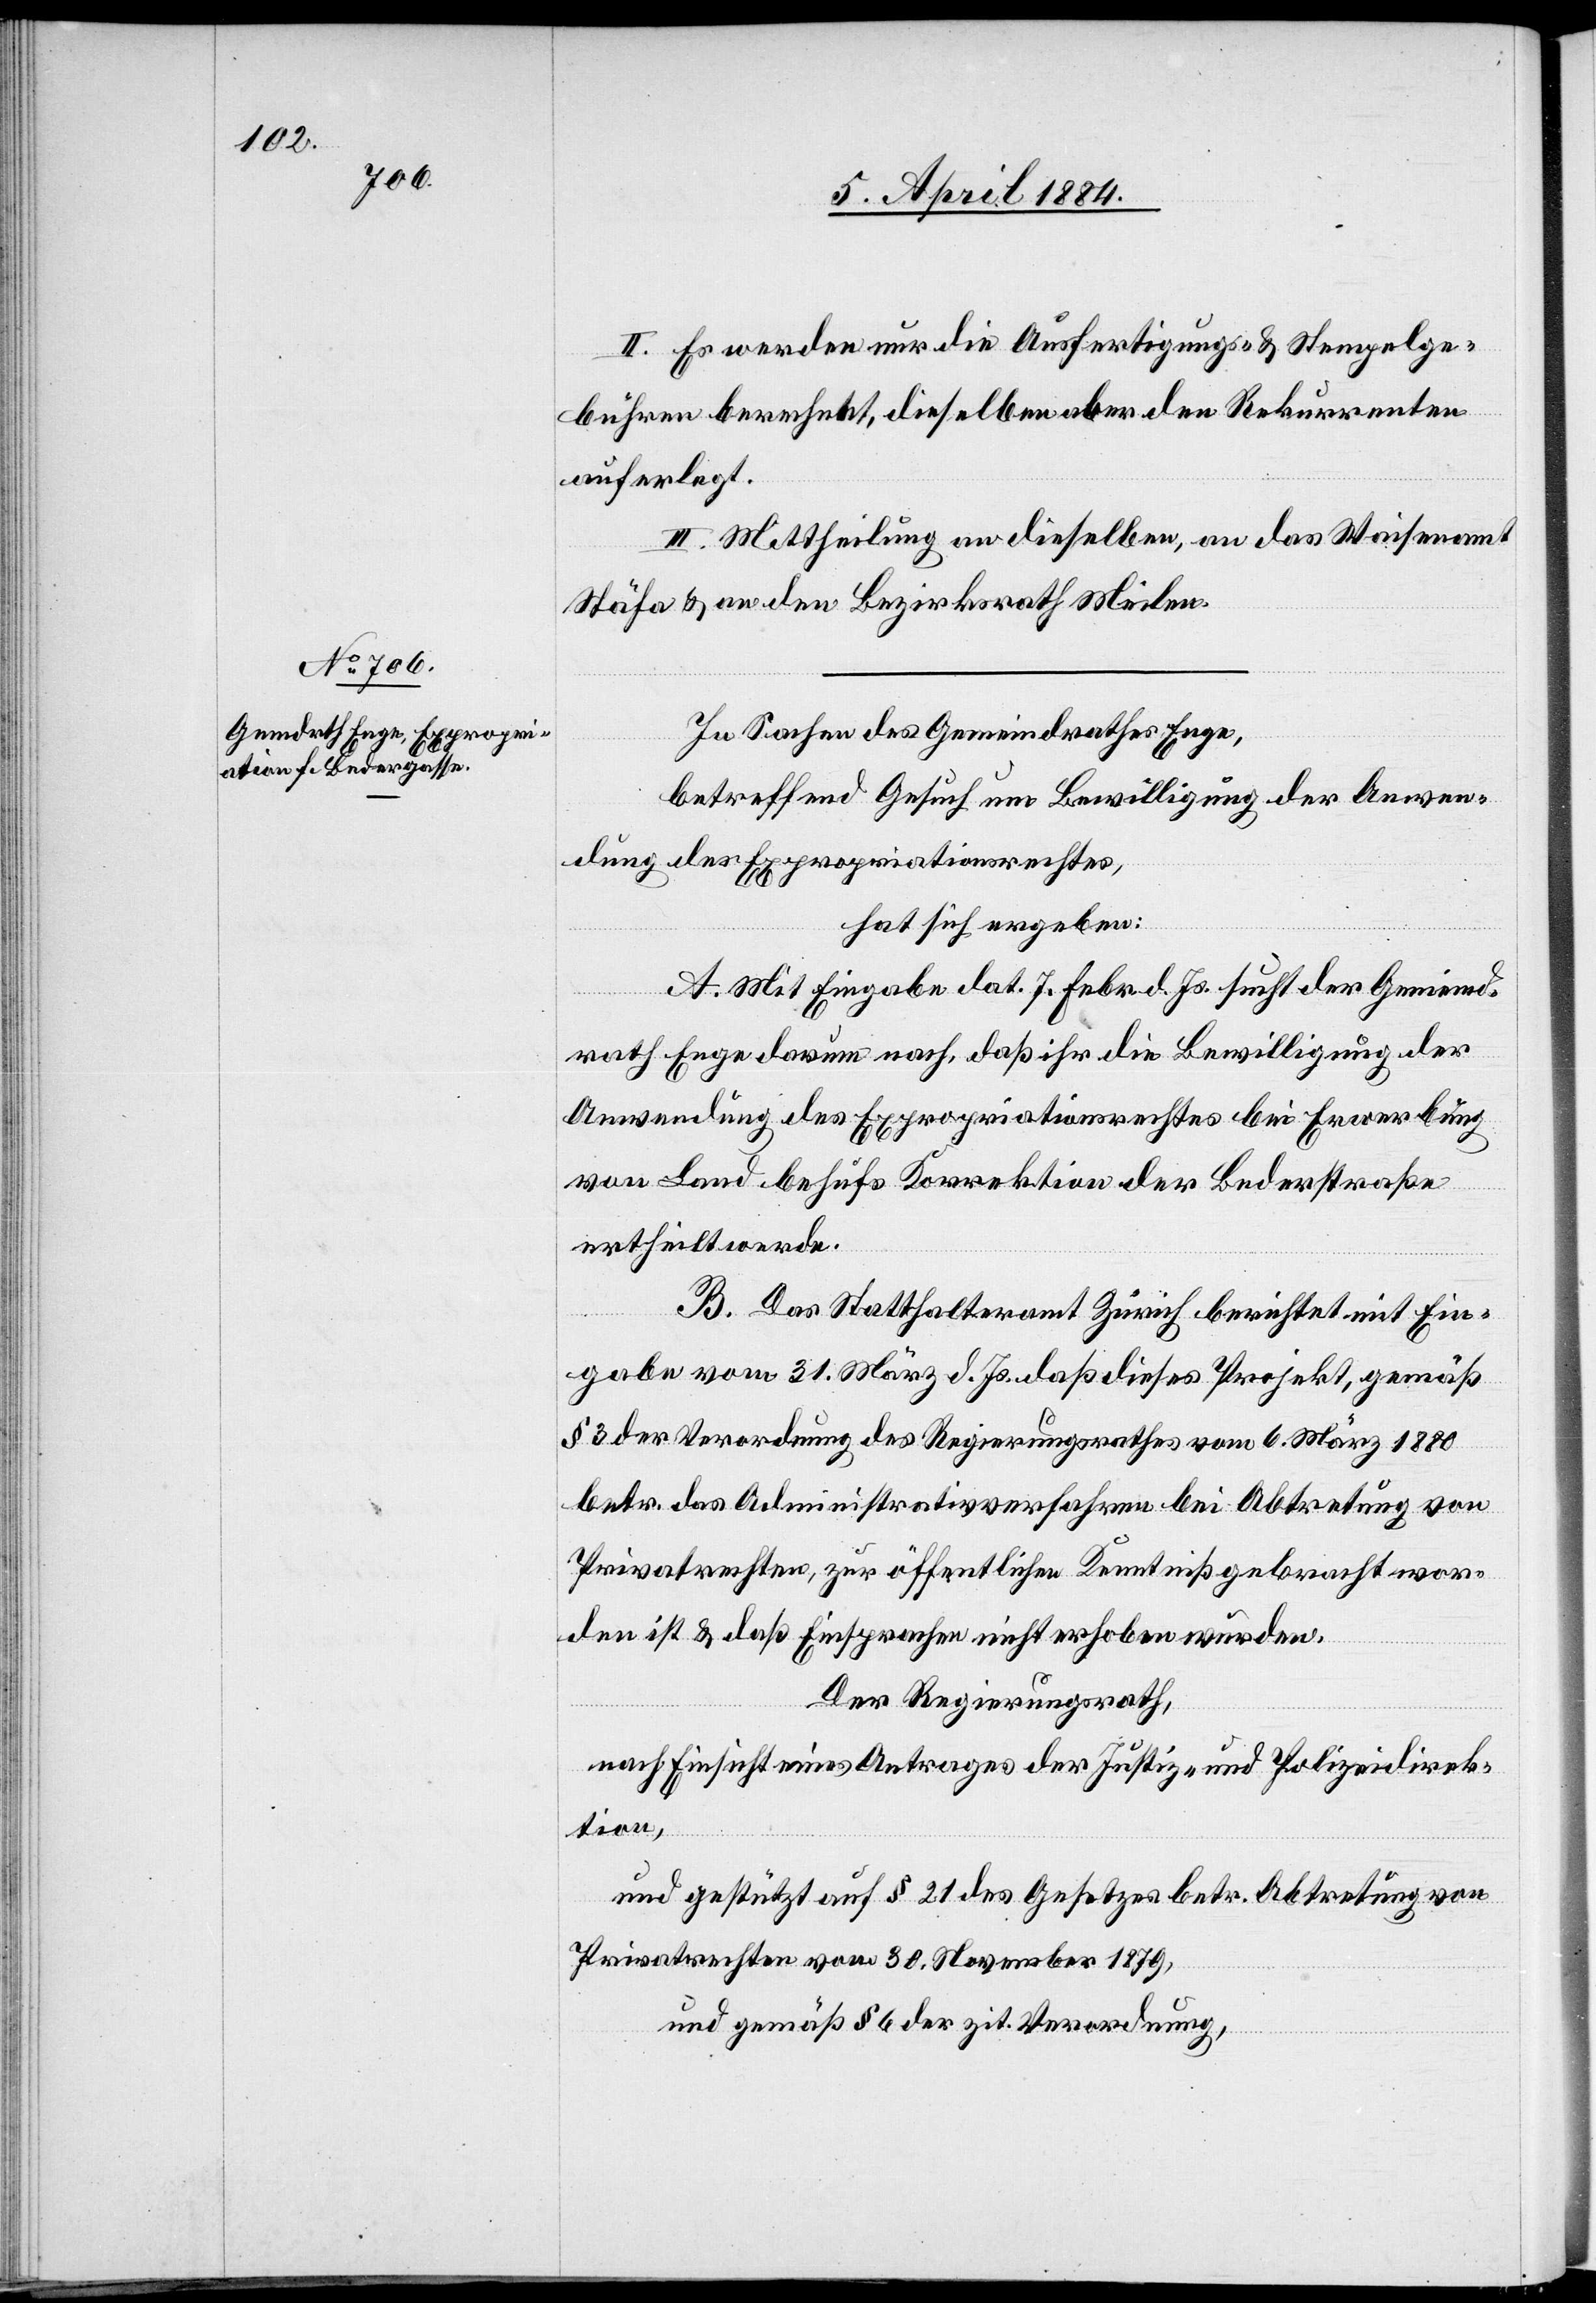
II. Es werden nur die Ausfertigungs- & Stempelge¬
bühren berechnet, dieselben aber den Rekurrenten
auferlegt.
III. Mittheilung an dieselben, an das Waisenamt
Stäfa & an den Bezirksrath Meilen.
In Sachen des Gemeindrathes Enge,
betreffend Gesuch um Bewilligung der Anwen¬
dung des Expropriationsrechtes
hat sich ergeben:
A. Mit Eingabe dat. 7. Febr. d. Js. sucht der Gemeind¬
rath Enge darum nach, daß ihr die Bewilligung der
Anwendung des Expropriationsrechtes bei Erwerbung
von Land behufs Korrektion der Bederstraße
ertheilt werde.
B. Das Statthalteramt Zürich berichtet mit Ein¬
gabe vom 31. März d. Js., daß dieses Projekt, gemäß
§ 3 der Verordnung des Regierungsrathes vom 6. März 1880
betr. das Administrativverfahren bei Abtretung von
Privatrechten, zur öffentlichen Kenntniß gebracht wor¬
den ist & daß Einsprachen nicht erhoben wurden.
Der Regierungsrath,
nach Einsicht eines Antrages der Justiz- & Polizeidirek¬
tion,
und gestützt auf § 21 des Gesetzes betr. Abtretung von
Privatrechten vom 30. November 1879,
und gemäß § 6 der zit. Verordnung,